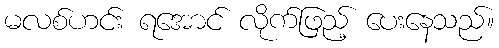
မလစ်ဟင်း ရအောင် လိုက်ဖြည့် ပေးနေသည်။